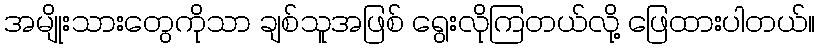
အမျိုးသားတွေကိုသာ ချစ်သူအဖြစ် ရွေးလိုကြတယ်လို့ ဖြေထားပါတယ်။